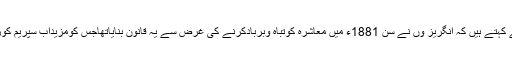
بلقیس بانوکیس کے جوائنٹ ڈائریکٹراورسابق آپی ایس وویک دوبے کہتے ہیں کہ انگریز وں نے سن 1881ء میں معاشرہ کوتباہ وبربادکرنے کی غرض سے یہ قانون بنایاتھاجس کومزیداب سپریم کورٹ نے مہرلگاکرمضبوط کردیااوراسے قانونی جوازعطاکردیاہے۔